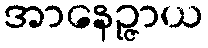
အာနေဉ္ဇာယ